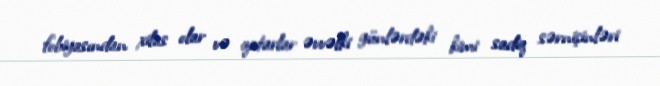
fobiyasından xilas olar və qatarlar əvvəlki günlərdəki kimi sadiq sərnişinləri